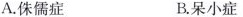
A.侏儒症 B.呆小症